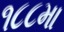
૧૮૮મા